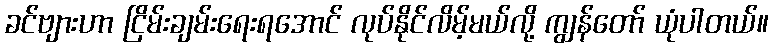
ခင်ဗျားဟာ ငြိမ်းချမ်းရေးရအောင် လုပ်နိုင်လိမ့်မယ်လို့ ကျွန်တော် ယုံပါတယ်။